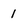
Character: 1